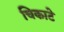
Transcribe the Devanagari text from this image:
चिकाटे